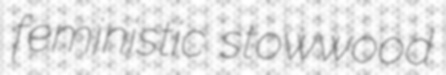
feministic stowwood